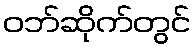
ဝဘ်ဆိုက်တွင်